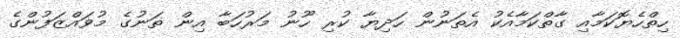
ހިތްހެޔޮކަމާއި ގާތްކަމާއެކު އެތަނުން ހަދިޔާ ކުރި ހޫނު މަރުހަބާ އިން ތަނުގެ މުވައްޒަފުންގެ